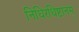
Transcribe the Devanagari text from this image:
निधिरधिष्टानम्